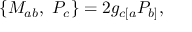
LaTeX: \{ { \cal M } _ { a b } , \ { \cal P } _ { c } \} = 2 g _ { c [ a } { \cal P } _ { b ] } ,